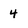
Character: 4